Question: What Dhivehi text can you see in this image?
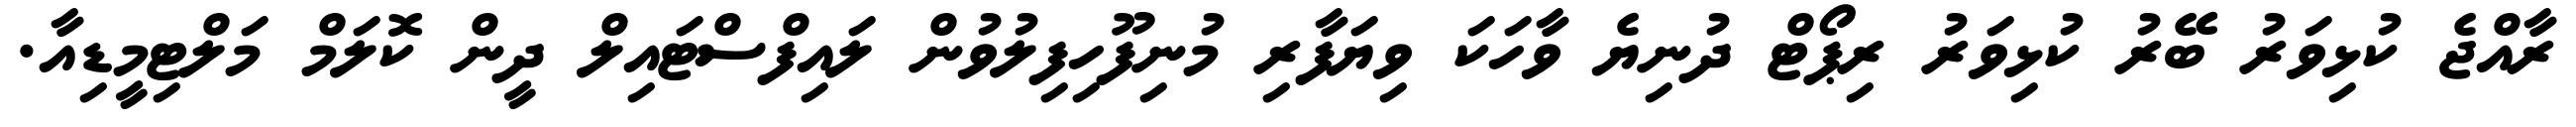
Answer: ރާއްޖެ ކުޅިވަރު ބޭރު ކުޅިވަރު ރިޕޯޓް ދުނިޔެ ވާހަކަ ވިޔަފާރި މުނިފޫހިފިލުވުން ލައިފްސްޓައިލް ދީން ކޮލަމް މަލްޓިމީޑިއާ.